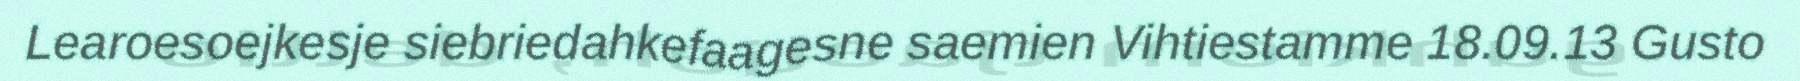
Learoesoejkesje siebriedahkefaagesne saemien Vihtiestamme 18.09.13 Gusto